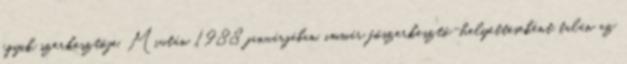
egyik szerkesztője. Miután 1988 januárjában, immár főszerkesztő-helyetteseként talán az